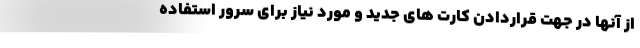
از آنها در جهت قراردادن کارت های جدید و مورد نیاز برای سرور استفاده